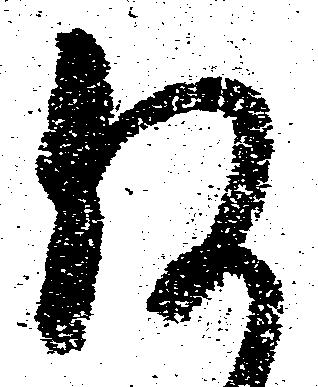
何